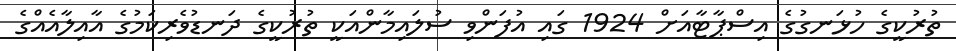
ތުރުކީގެ ހުޅަނގުގެ އިސްޕާޓާއަށް 1924 ގައި އުފަންވި ސުލައިމާންއަކީ ތުރުކީގެ ދަނޑުވެރިކަމުގެ އާއިލާއެއްގެ